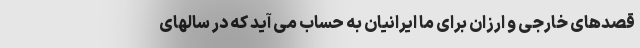
قصدهای خارجی و ارزان برای ما ایرانیان به حساب می آید که در سالهای